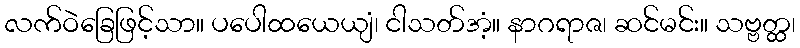
လက်ဝဲခြေဖြင့်သာ။ ပပေါထယေယျံ၊ ငါသတ်အံ့။ နာဂရာဇ၊ ဆင်မင်း။ သဗ္ဗတ္ထ၊